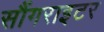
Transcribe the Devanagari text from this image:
सौंगराइटर